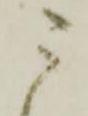
う